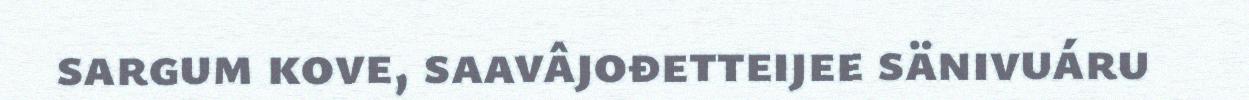
sargum kove, saavâjođetteijee sänivuáru